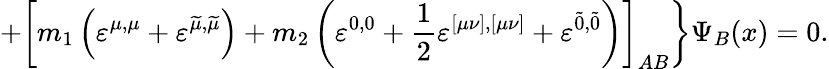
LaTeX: +\left[m_{1}\left(\varepsilon^{\mu,\mu}+\varepsilon^{\widetilde{\mu},\widetilde{\mu}}\right)+m_{2}\left(\varepsilon^{0,0}+\frac 12\varepsilon^{[\mu\nu],[\mu\nu]}+\varepsilon^{\widetilde{0},\widetilde{0}}\right)\right]_{AB}\biggr\} \Psi_{B}(x)=0.